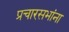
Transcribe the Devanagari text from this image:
प्रचारसभांना